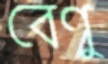
বেণু